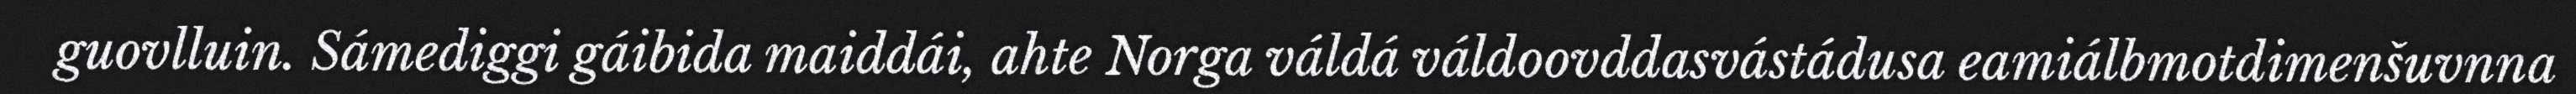
guovlluin. Sámediggi gáibida maiddái, ahte Norga váldá váldoovddasvástádusa eamiálbmotdimenšuvnna